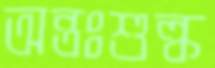
অন্তঃশুল্ক